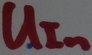
Text: UIn